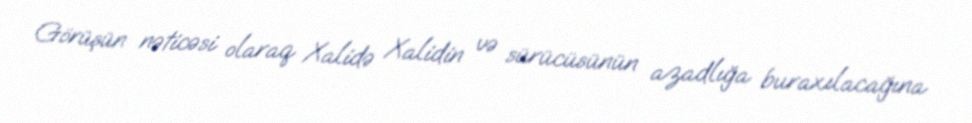
Görüşün nəticəsi olaraq Xalidə Xalidin və sürücüsünün azadlığa buraxılacağına